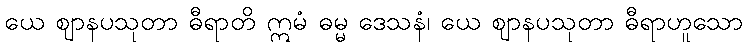
ယေ ဈာနပသုတာ ဓီရာတိ ဣမံ ဓမ္မ ဒေသနံ၊ ယေ ဈာနပသုတာ ဓီရာဟူသော